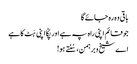
باقی وہ رہ جائے گا
جو قائم اپنی راہ پہ ہے اور پکّا اپنی ہَٹ کا ہے
اے شیخ و برہمن، سُنتے ہو!